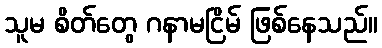
သူမ စိတ်တွေ ဂနာမငြိမ် ဖြစ်နေသည်။